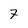
Character: 7